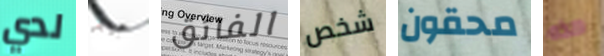
لدي جيد الفائق شخص محقون هذه